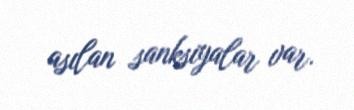
asılan sanksiyalar var.